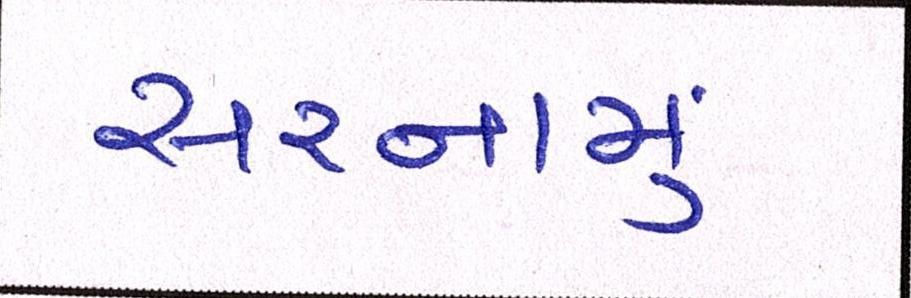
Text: સરનામું